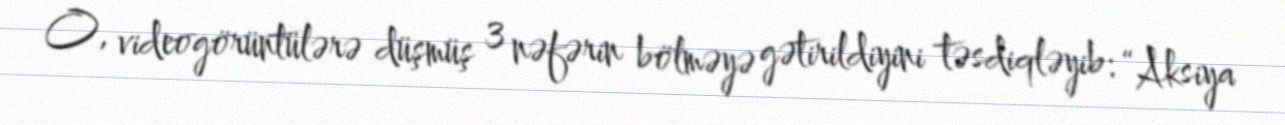
O, videogörüntülərə düşmüş 3 nəfərin bölməyə gətirildiyini təsdiqləyib: “Aksiya